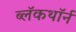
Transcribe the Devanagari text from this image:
ब्लॅकथॉर्न